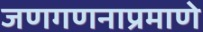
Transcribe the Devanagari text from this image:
जणगणनाप्रमाणे